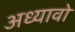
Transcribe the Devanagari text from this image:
अध्यावो